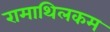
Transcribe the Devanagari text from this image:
रामाथिलकम